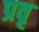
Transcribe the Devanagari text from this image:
प्रवृ